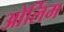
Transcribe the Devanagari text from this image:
ओर्लिम